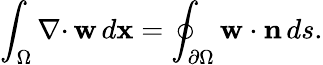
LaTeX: \int_{\Omega}{{\nabla\cdot}\, }{\mathbf w}\, d{\mathbf x}=\oint_{{\partial\Omega}}{\mathbf w}\cdot{\mathbf n}\, ds.